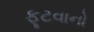
ફૂટવાનો